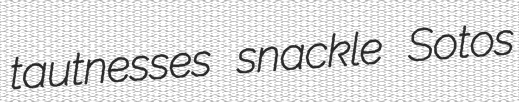
tautnesses snackle Sotos